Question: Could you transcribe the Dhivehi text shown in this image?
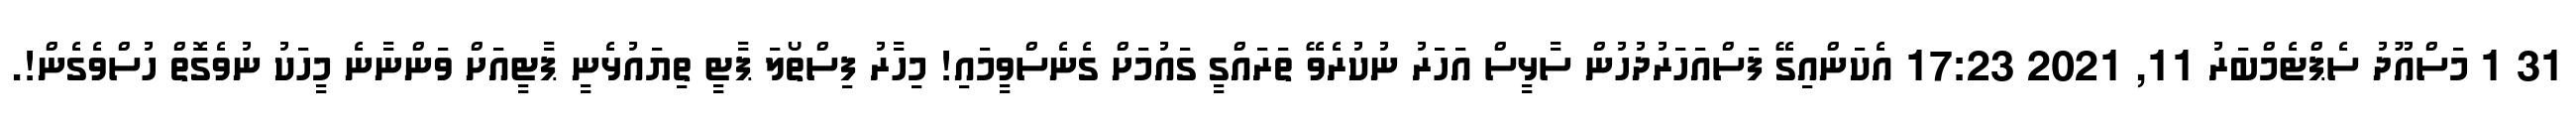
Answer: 31 1 މަސްއޫދު ސެޕްޓެމްބަރު 11, 2021 17:23 އެކަންއިގޭ ފަސްއަހަރުދުހުން ސާޅީސް އަހަރު ނުކުރެވޭ ތަރައްގީ ގައުމަށް ގެނެސްވީމައި! މިހާރު ފިސްތޯލަ ޕާޓީ ތިޔައުޅެނީ ޕާޓީއަށް ވަންނާނެ މީހަކު ނުވެގޮތް ހުސްވެގެން!.